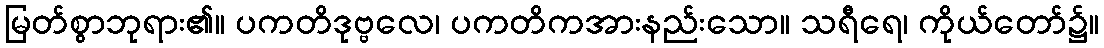
မြတ်စွာဘုရား၏။ ပကတိဒုဗ္ဗလေ၊ ပကတိကအားနည်းသော။ သရီရေ၊ ကိုယ်တော်၌။